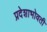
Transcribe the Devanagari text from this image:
प्रदेशाभोवती